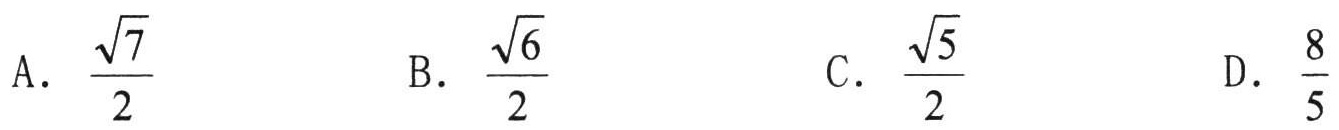
A. $\frac{\sqrt{7}}{2}$
B. $\frac{\sqrt{6}}{2}$
C. $\frac{\sqrt{5}}{2}$
D. $\frac{8}{5}$